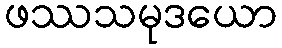
ဖဿသမုဒယော